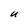
Character: U